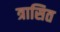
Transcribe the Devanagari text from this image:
त्रासित